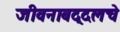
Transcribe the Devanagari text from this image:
जीवनाबद्दलचे